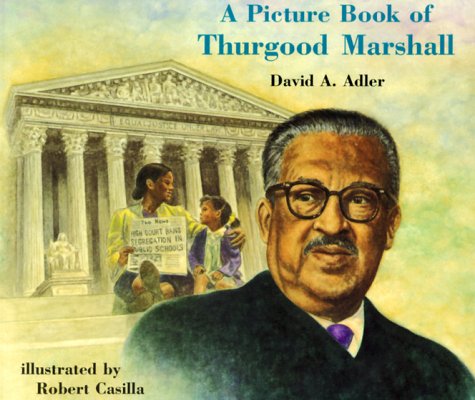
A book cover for A Picture Book of Thurgood Marshall (Picture Book Biographies); David A. Adler; Children's Books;